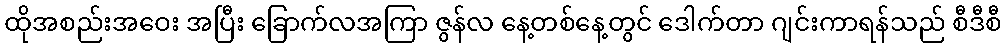
ထိုအစည်းအဝေး အပြီး ခြောက်လအကြာ ဇွန်လ နေ့တစ်နေ့တွင် ဒေါက်တာ ဂျင်းကာရန်သည် စီဒီစီ